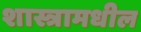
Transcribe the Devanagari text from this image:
शास्त्रामधील